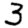
Digit: 3